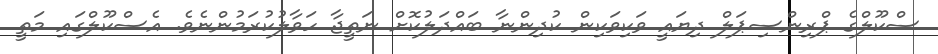
ސްކޫލްގެ ޕްރިންސިޕަލް ދިޔައީ ވަކިވަކިން ކުދިންނާ ބައްދަލުކޮށް ނަތީޖާ ހަވާލުކުރަމުންނެވެ. އެސްކޫލްގައި މަތީ